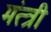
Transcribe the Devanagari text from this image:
मंत्त्री